Subject: physics
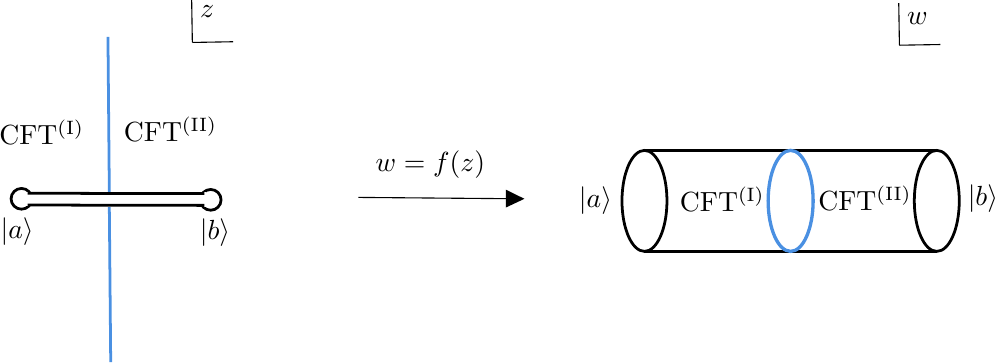
LaTeX code:
\begin{tikzpicture}[x=0.75pt,y=0.75pt,yscale=-1,xscale=1]

\draw  [line width=1.0]  (93,110) .. controls (93,107.24) and (95.24,105) .. (98,105) .. controls (100.76,105) and (103,107.24) .. (103,110) .. controls (103,112.76) and (100.76,115) .. (98,115) .. controls (95.24,115) and (93,112.76) .. (93,110) -- cycle ;
\draw  [line width=1.0]  (184.17,110.5) .. controls (184.17,107.74) and (186.41,105.5) .. (189.17,105.5) .. controls (191.93,105.5) and (194.17,107.74) .. (194.17,110.5) .. controls (194.17,113.26) and (191.93,115.5) .. (189.17,115.5) .. controls (186.41,115.5) and (184.17,113.26) .. (184.17,110.5) -- cycle ;
\draw  [line width=1.0] [color={rgb, 255:red, 255; green, 255; blue, 255 }  ,draw opacity=1 ][fill={rgb, 255:red, 255; green, 255; blue, 255 }  ,fill opacity=1 ] (101,107.33) -- (114.67,107.33) -- (114.67,113) -- (101,113) -- cycle ;
\draw  [line width=1.0] [color={rgb, 255:red, 255; green, 255; blue, 255 }  ,draw opacity=1 ][fill={rgb, 255:red, 255; green, 255; blue, 255 }  ,fill opacity=1 ] (172.5,107.5) -- (186.17,107.5) -- (186.17,113.17) -- (172.5,113.17) -- cycle ;
\draw   [line width=1.0]  (101,107.33) -- (186.17,107.5) ;
\draw    [line width=1.0] (101,113) -- (186.17,113.17) ;
\draw [line width=1.0] [color={rgb, 255:red, 74; green, 144; blue, 226 }  ,draw opacity=1 ]   (139.67,32) -- (140.33,106.67) ;
\draw [line width=1.0] [color={rgb, 255:red, 74; green, 144; blue, 226 }  ,draw opacity=1 ]   (140.33,114) -- (141,188.67) ;
\draw    (180,14.33) -- (180.33,34.67) ;
\draw    (200,34.33) -- (180.33,34.67) ;
\draw    (260.33,109.33) -- (337.33,109.98) ;
\draw [shift={(340.33,110)}, rotate = 180.48] [fill={rgb, 255:red, 0; green, 0; blue, 0 }  ][line width=0.08]  [draw opacity=0] (8.93,-4.29) -- (0,0) -- (8.93,4.29) -- cycle    ;
\draw  [line width=1.0]  (387.33,111) .. controls (387.33,97.56) and (392.18,86.67) .. (398.17,86.67) .. controls (404.15,86.67) and (409,97.56) .. (409,111) .. controls (409,124.44) and (404.15,135.33) .. (398.17,135.33) .. controls (392.18,135.33) and (387.33,124.44) .. (387.33,111) -- cycle ;
\draw    [line width=1.0] (398.17,86.67) -- (539,86.67) ;
\draw    [line width=1.0] (398.17,135.33) -- (539,135.33) ;
\draw   [line width=1.0] (528.17,111) .. controls (528.17,97.56) and (533.02,86.67) .. (539,86.67) .. controls (544.98,86.67) and (549.83,97.56) .. (549.83,111) .. controls (549.83,124.44) and (544.98,135.33) .. (539,135.33) .. controls (533.02,135.33) and (528.17,124.44) .. (528.17,111) -- cycle ;
\draw  [line width=1.0] [color={rgb, 255:red, 74; green, 144; blue, 226 }  ,draw opacity=1 ][line width=1.2]  (457.75,111) .. controls (457.75,97.56) and (462.6,86.67) .. (468.58,86.67) .. controls (474.57,86.67) and (479.42,97.56) .. (479.42,111) .. controls (479.42,124.44) and (474.57,135.33) .. (468.58,135.33) .. controls (462.6,135.33) and (457.75,124.44) .. (457.75,111) -- cycle ;
\draw   (520.67,15.67) -- (521,36) ;
\draw    (540.67,35.67) -- (521,36) ;

\draw (82.67,67.07) node [anchor=north west]  {CFT$^{\rm (I)}$};
\draw (142.67,66.07) node [anchor=north west]   {CFT$^{\rm (II)}$};
\draw (179.33,12.4) node [anchor=north west]   {$z$};
\draw (86.67,117.73) node [anchor=north west][inner sep=0.75pt]    {$|a\rangle $};
\draw (182.67,118.4) node [anchor=north west][inner sep=0.75pt]    {$|b\rangle $};
\draw (267.33,85.73) node [anchor=north west][inner sep=0.75pt]    {$w=f( z)$};
\draw (414,103.07) node [anchor=north west][inner sep=0.75pt]    {CFT$^{\rm (I)}$};
\draw (480.67,102.73) node [anchor=north west][inner sep=0.75pt]    {CFT$^{\rm (II)}$};
\draw (520,15.73) node [anchor=north west]    {$w$};
\draw (365.33,103.07) node [anchor=north west][inner sep=0.75pt]    {$|a\rangle $};
\draw (552.67,102.07) node [anchor=north west][inner sep=0.75pt]    {$|b\rangle $};

\end{tikzpicture}